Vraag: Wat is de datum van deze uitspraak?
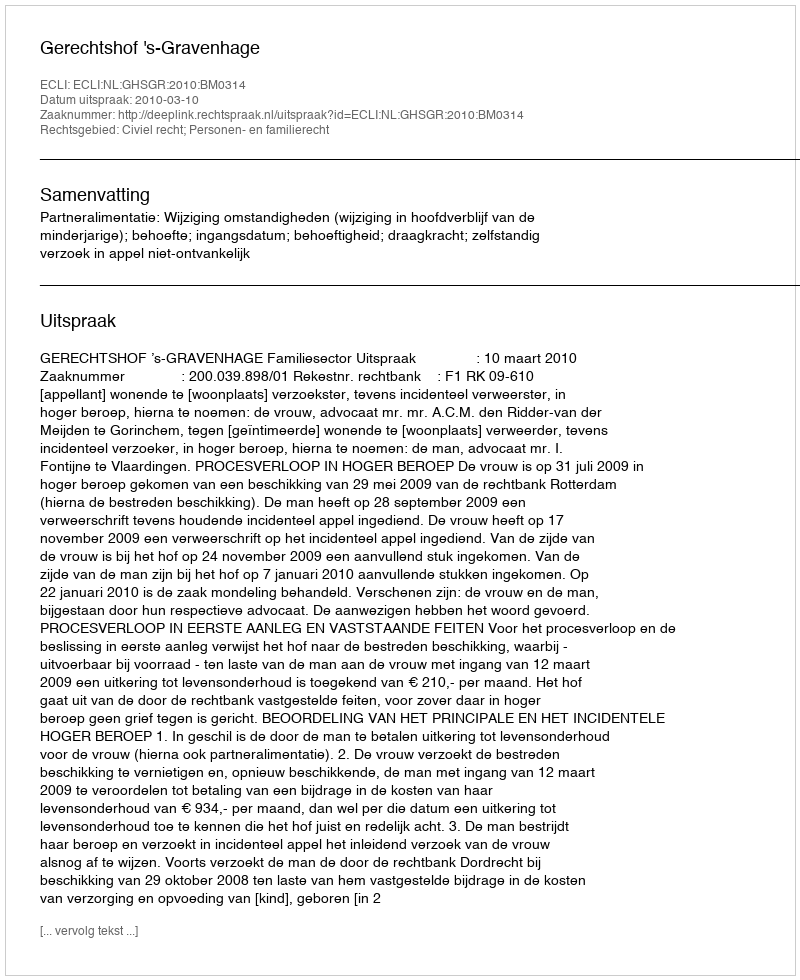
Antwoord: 2010-03-10